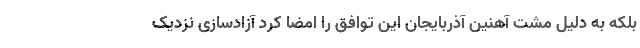
بلکه به دلیل مشت آهنین آذربایجان این توافق را امضا کرد آزادسازی نزدیک